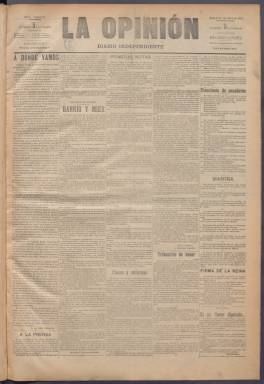
Título: La Opinión (Madrid. 1899)
Colección: Periódicos
Ámbito geográfico: Madrid
Lugar de publicación: Madrid
Fechas: 27/04/1899-31/12/1902